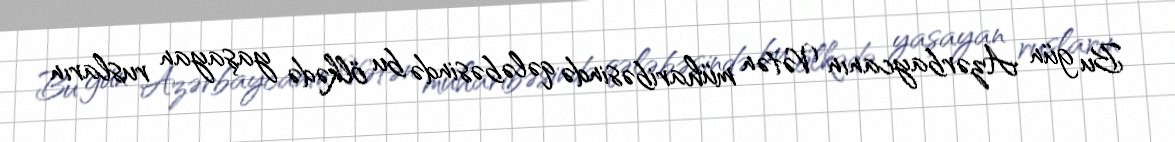
Bu gün Azərbaycanın Vətən müharibəsində qələbəsində bu ölkədə yaşayan rusların